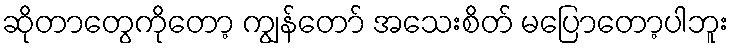
ဆိုတာတွေကိုတော့ ကျွန်တော် အသေးစိတ် မပြောတော့ပါဘူး